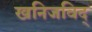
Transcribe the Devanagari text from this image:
खनिजविद्